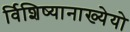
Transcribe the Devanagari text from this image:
र्विशिष्यानाख्येयो